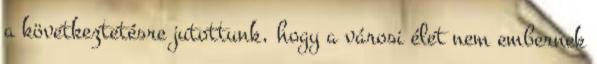
a következtetésre jutottunk, hogy a városi élet nem embernek